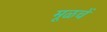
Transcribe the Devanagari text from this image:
मूळचें